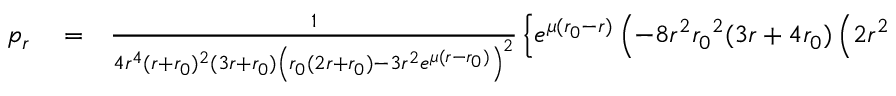
\begin{array} { r l r } { p _ { r } } & { { } = } & { \frac { 1 } { 4 r ^ { 4 } ( r + { r _ { 0 } } ) ^ { 2 } ( 3 r + { r _ { 0 } } ) \left( { r _ { 0 } } ( 2 r + { r _ { 0 } } ) - 3 r ^ { 2 } e ^ { \mu ( r - { r _ { 0 } } ) } \right) ^ { 2 } } \left\lbrace e ^ { \mu ( { r _ { 0 } } - r ) } \left( - 8 r ^ { 2 } { r _ { 0 } } ^ { 2 } ( 3 r + 4 { r _ { 0 } } ) \left( 2 r ^ { 2 } \right. \right. \right. } \end{array}